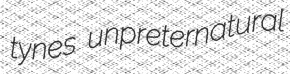
tynes unpreternatural